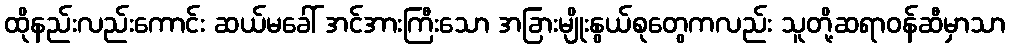
ထိုနည်းလည်းကောင်း ဆယ်မခေါ် အင်အားကြီးသော အခြားမျိုးနွယ်စုတွေကလည်း သူတို့ဆရာဝန်ဆီမှာသာ